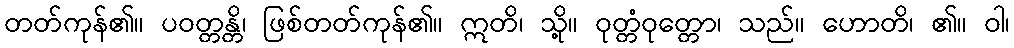
တတ်ကုန်၏။ ပဝတ္တန္တိ၊ ဖြစ်တတ်ကုန်၏။ ဣတိ၊ သို့။ ဝုတ္တံဝုတ္တော၊ သည်။ ဟောတိ၊ ၏။ ဝါ၊